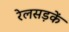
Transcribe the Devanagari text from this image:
रेलसड़कें